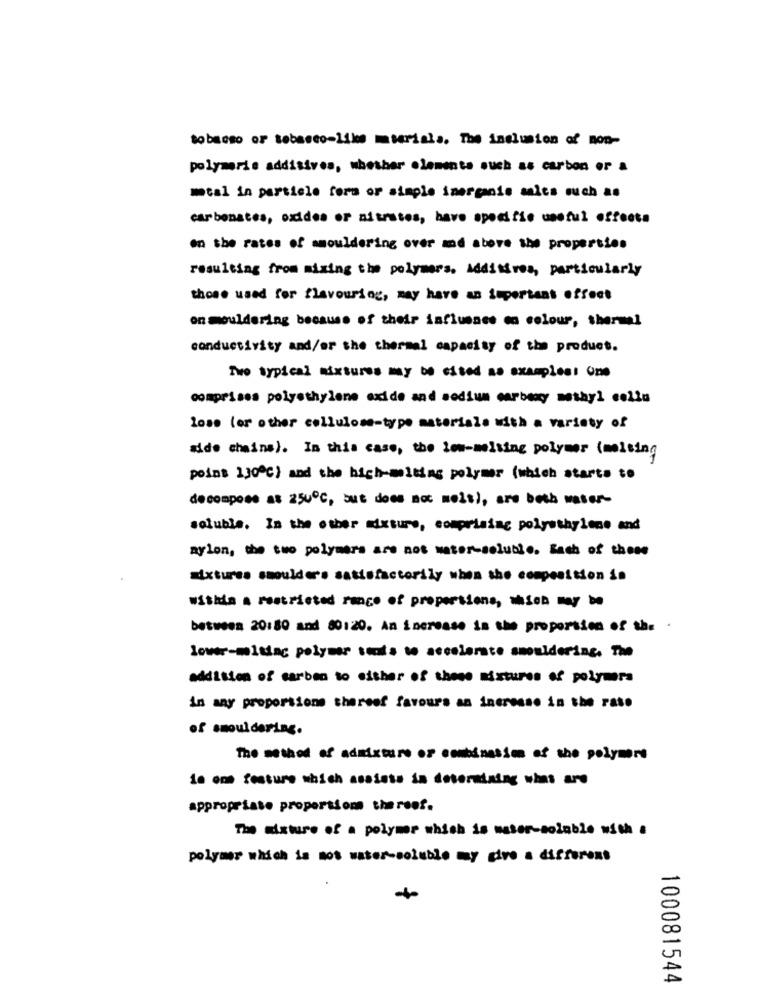
tobacso of tobacco-like mteriala. The inclusion of non-
polymerie additives, whether elements such as carbon or a
meal in particle form or simple inorganio mica such as
carbonates, oxides or nitrates, have specific useful effects
on the rates of amouldering over and above the properties
resulting from mixing the polymers. Additives, particularly
those used for flavouring, may have an important effect
on mouldering because of their influence on colour, sharmel
conductivity and/or the thermal capacity of the product.
Two typical mixtures my be ested as exampless one
comprises polyethylene oxide and sodium carboxy methyl collu
lose (or other cellulose-type materiale with a variety of
aide chains). In this case, the low-melting polymer (molking
poins 130℃) and the high-miting polymer (which starts to
decompose as 250℃, but does not mois), are both water-
soluble. In the other mixture, comprising polyethylene and
nylon, the two polymers are not water-soluble. Each of these
Mixtures smoulders satisfactorily when she composition in
Within a restricted range of proportions, which may be
between 20:80 and 80:20. An increase in the proportion of th. .
lower-mixinc polymer senis to accelerate amuldering. The
addition of carbon to either of these mixtures of polymers
in any proportions thereof favours an increase in the rate
of smouldering.
10 ons feature which assists in determining what are
appropriate proportion the reef.
The mixture of a polymer which is masser-soluble with a
polymer which is not water-soluble my give a different
100081544